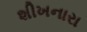
શીખનારા